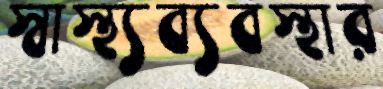
স্বাস্থ্যব্যবস্থার